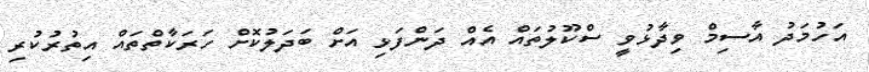
އަހުމަދު އާސިމް ވިދާޅުވީ ސްކޫލުތައް އެއް ދަންފަޅި އަށް ބަދަލުކޮށް ހަރަކާތްތައް އިތުރުކުރި